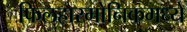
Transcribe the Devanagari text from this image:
फिलहारमोनिकमध्ये